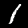
Label: 1